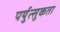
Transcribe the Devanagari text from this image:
पर्युत्सुकता